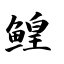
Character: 鳇